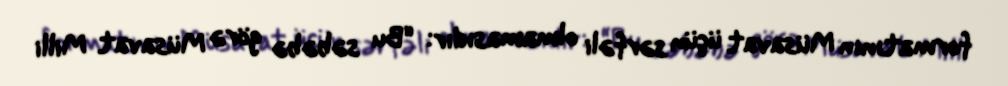
formatının Müsavat üçün sərfəli olmamasıdır: “Bu səbəbə görə Müsavat Milli